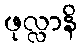
ဖုလ္လာနိ